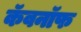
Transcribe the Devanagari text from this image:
कॅवनॉफ